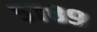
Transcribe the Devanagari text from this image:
५७८९